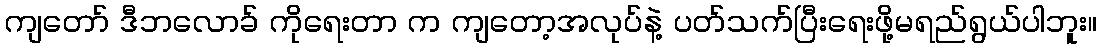
ကျတော် ဒီဘလောခ် ကိုရေးတာ က ကျတော့အလုပ်နဲ့ ပတ်သက်ပြီးရေးဖို့မရည်ရွယ်ပါဘူး။